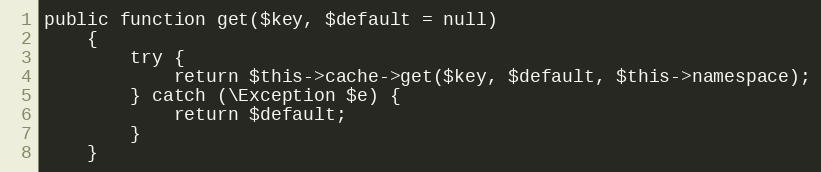
Language: PHP
public function get($key, $default = null)
    {
        try {
            return $this->cache->get($key, $default, $this->namespace);
        } catch (\Exception $e) {
            return $default;
        }
    }